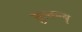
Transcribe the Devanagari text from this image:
तुस्कन्य्